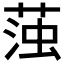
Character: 𮶫